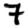
Digit: 7